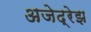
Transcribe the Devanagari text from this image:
अजेद्रेझ